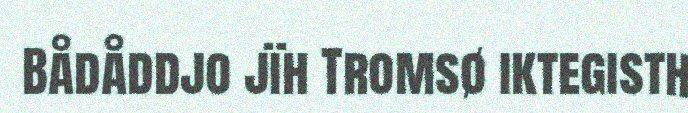
Bådåddjo jïh Tromsø iktegisth